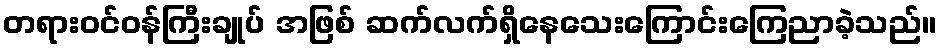
တရားဝင်ဝန်ကြီးချုပ် အဖြစ် ဆက်လက်ရှိနေသေးကြောင်းကြေညာခဲ့သည်။